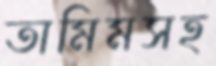
তামিমসহ